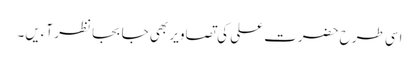
اسی طرح حضرت علی کی تصاویر بھی جا بجا نظر آءیں۔